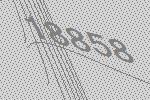
18858